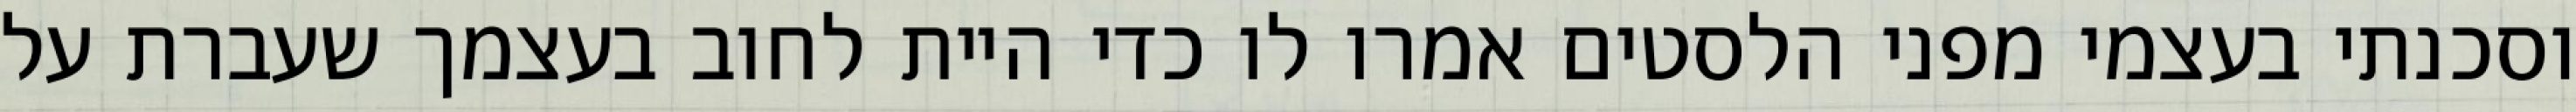
וסכנתי בעצמי מפני הלסטים אמרו לו כדי היית לחוב בעצמך שעברת על